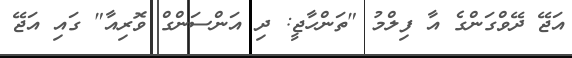
އަޖޭ ދޭވްގަންގެ އާ ފިލްމު "ތަންހާޖީ: ދި އަންސަންގް ވޮރިއާ" ގައި އަޖޭ